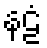
နဠံ